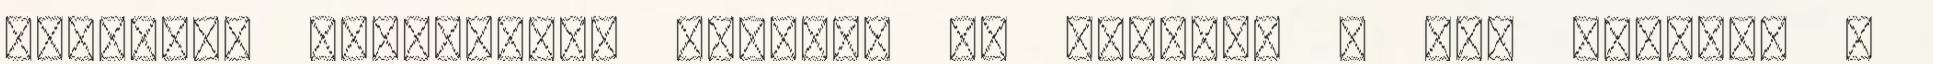
Hamilton kapcsolata fogható az övékhez – ott viszont a